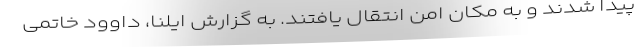
پیدا شدند و به مکان امن انتقال یافتند. به گزارش ایلنا، داوود خاتمی